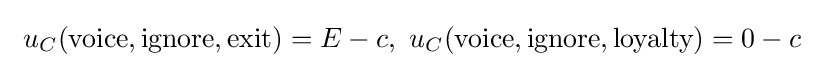
\ u_{C}({\text{voice}},{\text{ignore}},{\text{exit}})=E-c,\ u_{C}({\text{voice}},{\text{ignore}},{\text{loyalty}})=0-c